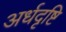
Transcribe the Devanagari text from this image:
अर्धदृष्टि